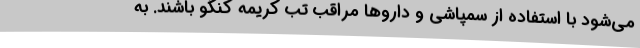
می‌شود با استفاده از سمپاشی و داروها مراقب تب کریمه کنگو باشند. به